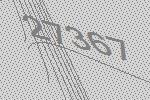
27367